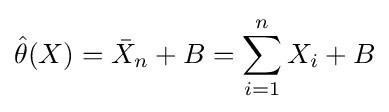
{\hat {\theta }}(X)={\bar {X}}_{n}+B=\sum _{i=1}^{n}X_{i}+B